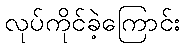
လုပ်ကိုင်ခဲ့ကြောင်း